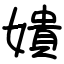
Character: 嬇